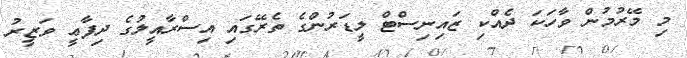
މި މޭރުމުން ވާހަކަ ދެއްކި ޒައިނިސްޓް ލީޑަރުންގެ ތެރޭގައި އިސްރާއީލުގެ ދިފާޢީ ވަޒީރު